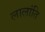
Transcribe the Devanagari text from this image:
लालांति